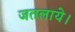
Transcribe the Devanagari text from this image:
जतलाये।